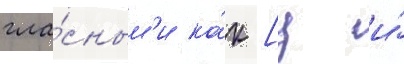
гла́сным'и ка́к [ц и́